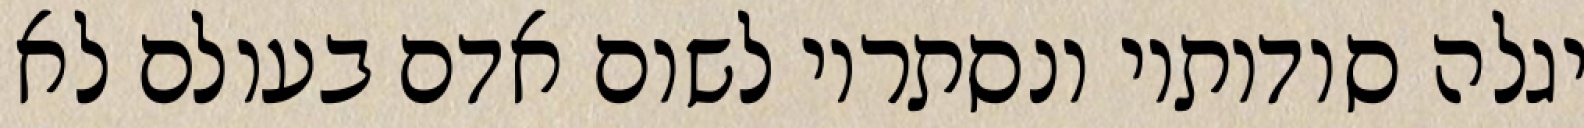
יגלה סודותיו ונסתריו לשום אדם בעולם לא